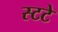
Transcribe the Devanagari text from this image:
स्टटे